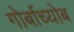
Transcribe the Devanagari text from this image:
गोर्बाच्योब